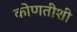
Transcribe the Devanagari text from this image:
कोणतीशी